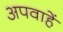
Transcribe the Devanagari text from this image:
अपवाहें